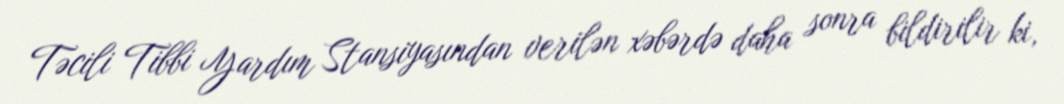
Təcili Tibbi Yardım Stansiyasından verilən xəbərdə daha sonra bildirilir ki,